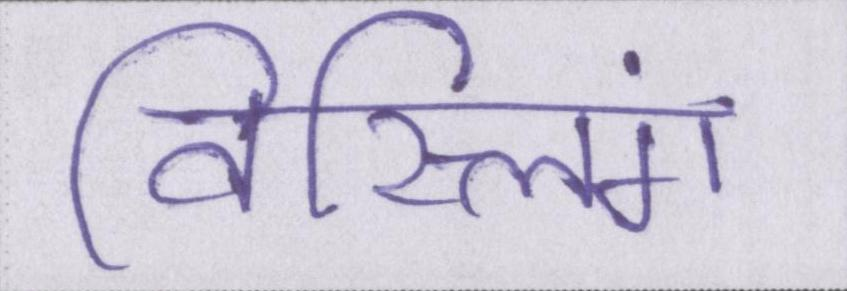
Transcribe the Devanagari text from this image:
विस्लिंग